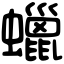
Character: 蠟